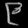
Digit: ၉